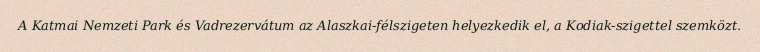
A Katmai Nemzeti Park és Vadrezervátum az Alaszkai-félszigeten helyezkedik el, a Kodiak-szigettel szemközt.